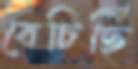
বেচিছি